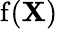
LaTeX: \operatorname{f}(\mathbf{X})